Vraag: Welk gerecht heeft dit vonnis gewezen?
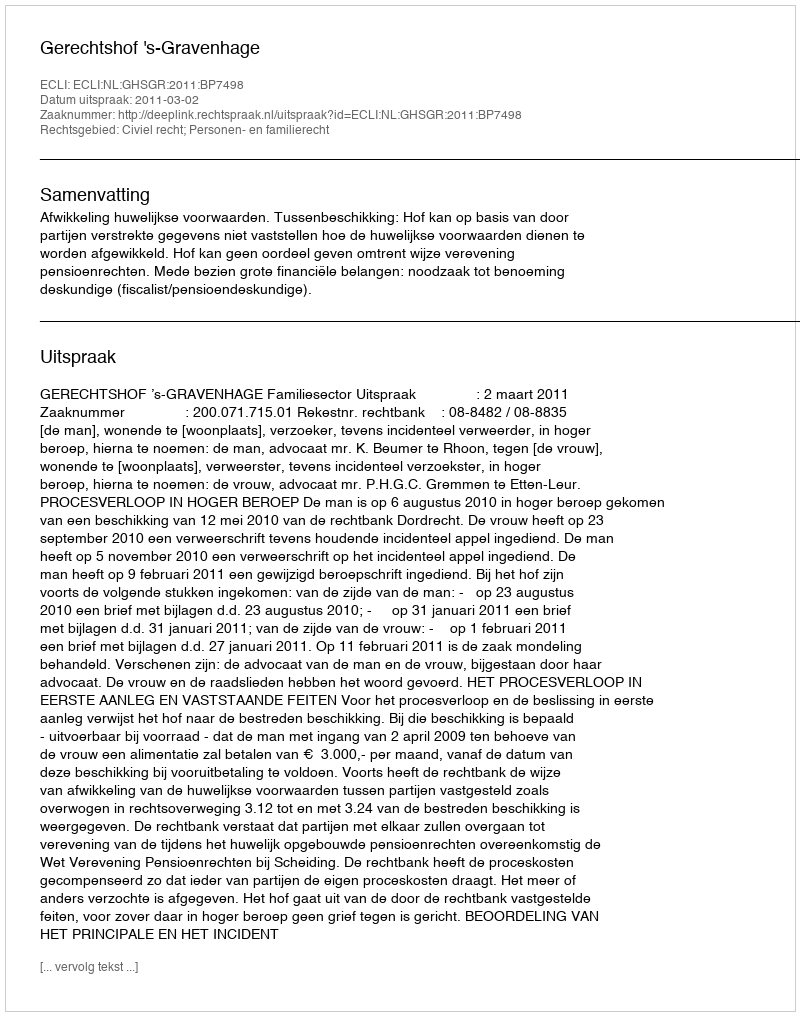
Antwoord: Gerechtshof 's-Gravenhage